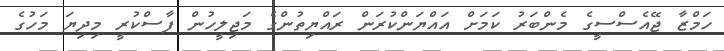
ހަމްޒާ ޖޭއެސްސީގެ މެންބަރު ކަމަށް އައްޔަންކުރަން ރައްޔިތުންގެ މަޖިލީހުން ފާސްކުރީ މިދިޔަ މަހުގެ